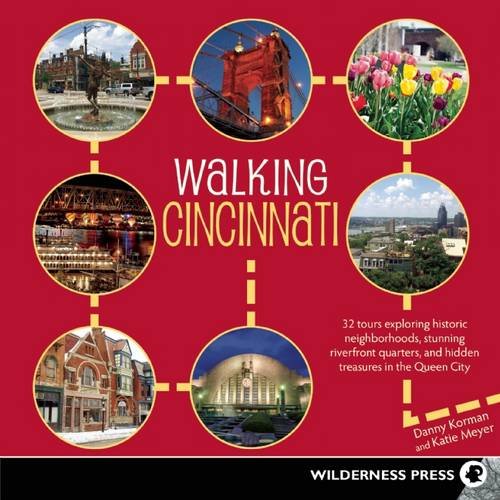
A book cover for Walking Cincinnati: 32 Tours Exploring Historic Neighborhoods, Stunning Riverfront Quarters, and Hidden Treasures in the Queen City; Danny Korman; Health, Fitness & Dieting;